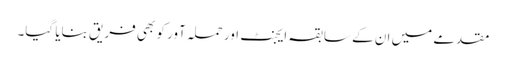
مقدمے میں ان کے سابقہ ایجنٹ اور حملہ آور کو بھی فریق بنایا گیا۔